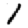
Digit: 1